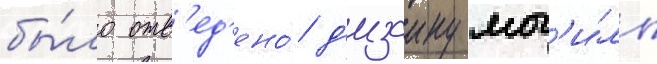
бы́ло отв'ед'ено́ д'изаину мог'и́лы